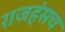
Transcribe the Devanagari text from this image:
राजहंसच